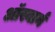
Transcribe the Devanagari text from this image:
ऑस्बार्न